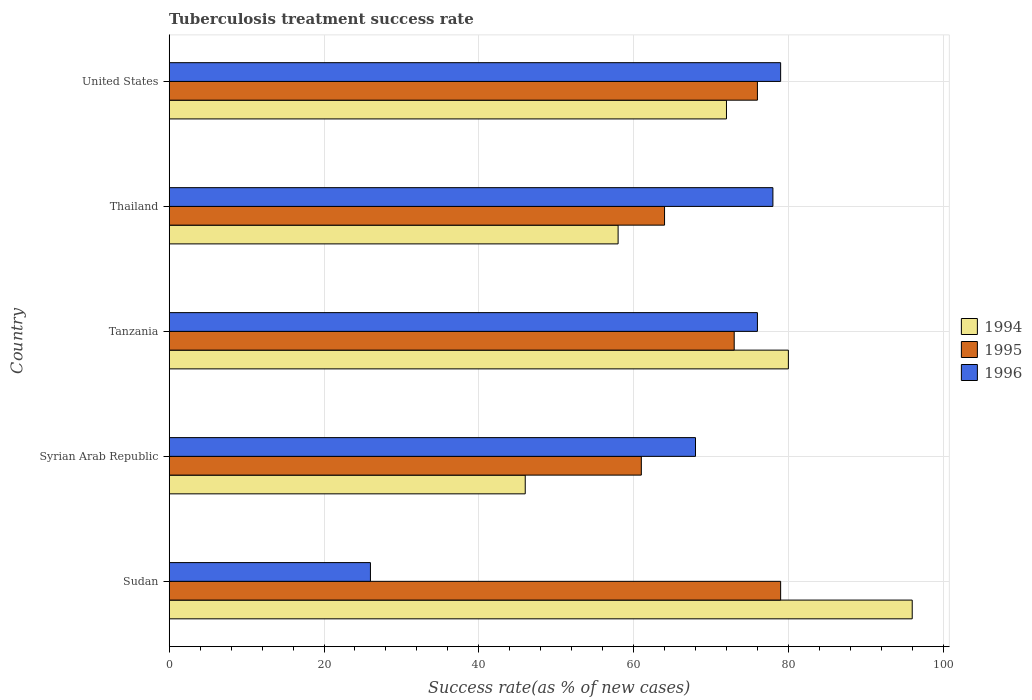
| Country | 1994 | 1995 | 1996 |
 | --- | --- | --- | --- |
 | Sudan | 96 | 79 | 26 |
 | Syrian Arab Republic | 46 | 61 | 68 |
 | Tanzania | 80 | 73 | 76 |
 | Thailand | 58 | 64 | 78 |
 | United States | 72 | 76 | 79 |